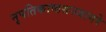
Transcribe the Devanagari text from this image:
नृपतिकाष्ठसञ्जागरे